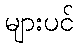
များပင်